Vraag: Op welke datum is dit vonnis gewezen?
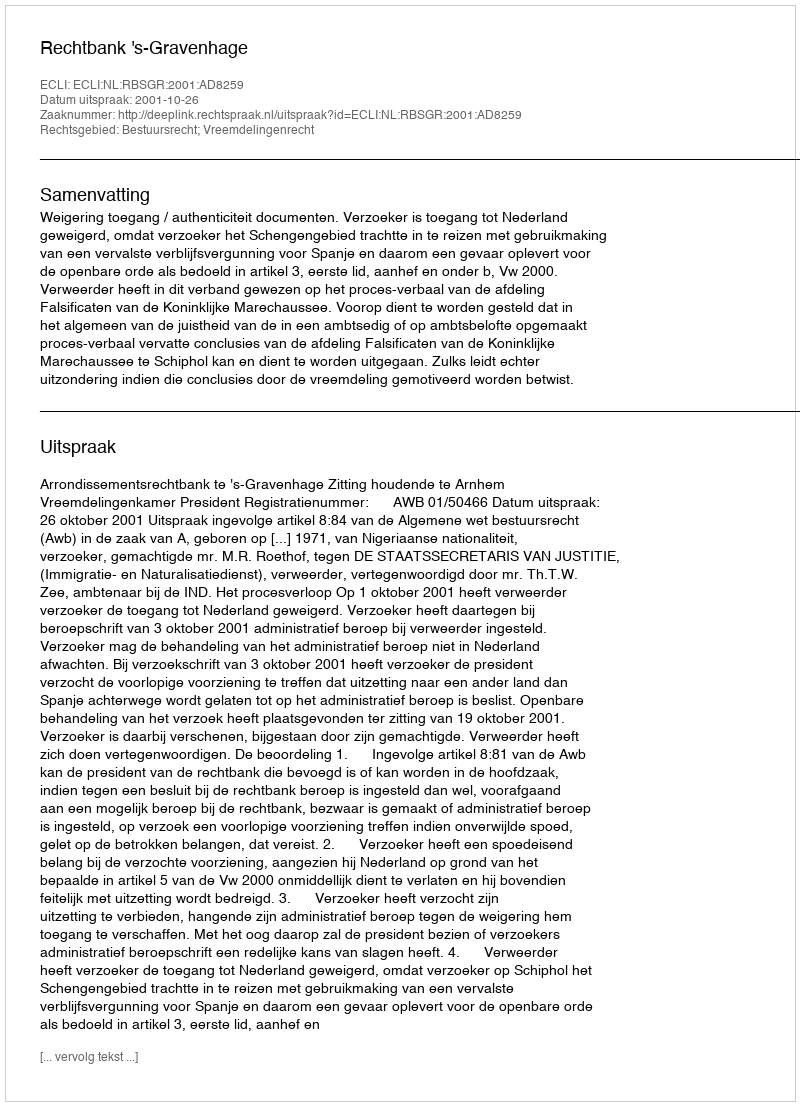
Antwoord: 2001-10-26